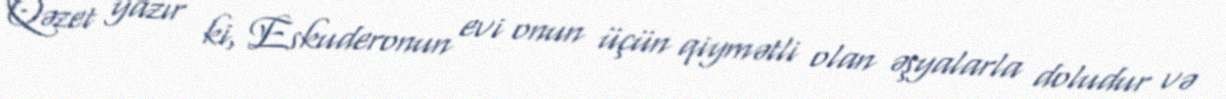
Qəzet yazır ki, Eskuderonun evi onun üçün qiymətli olan əşyalarla doludur və